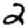
Digit: 2